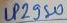
Text: LP2950